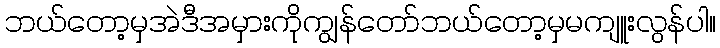
ဘယ်တော့မှအဲဒီအမှားကိုကျွန်တော်ဘယ်တော့မှမကျူးလွန်ပါ။